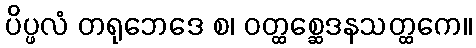
ပိပ္ဖလံ တရုဘေဒေ စ၊ ဝတ္ထစ္ဆေဒနသတ္ထကေ။